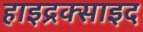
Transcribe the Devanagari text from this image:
हाइद्रक्साइद